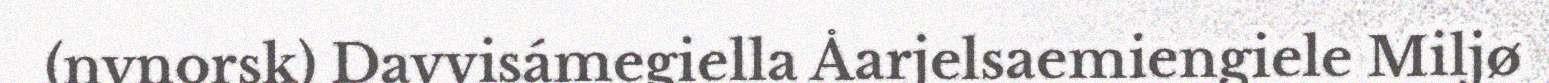
(nynorsk) Davvisámegiella Åarjelsaemiengiele Miljø